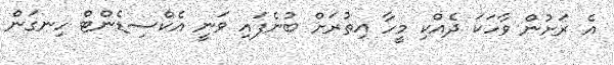
އެ ރަށުން ވާހަކަ ދެއްކި މީހާ އިތުރަށް ބުނެފައި ވަނީ އެކްސިޑެންޓް ހިނގަން